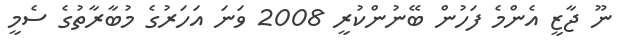
ނޫ ޖާޒީ އެންމެ ފަހުން ބޭނުންކުރީ 2008 ވަނަ އަހަރުގެ މުބާރާތުގެ ސެމީ